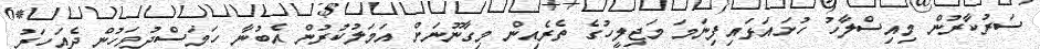
ސަރުކާރުން މިއިސްލާހު ހުށައަޅައިފިނަމަ މަޖިލީހުގެ ތެރެއިން މިގާނޫނަށް އަމަލުކުރުން އެބުނާ ހަމަސްދުވަހުން ދެއަހަރު